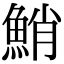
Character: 鮹